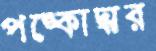
পঙ্কোদ্ধার